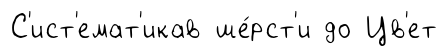
С'ист'емат'икав ше́рст'и до Цв'ет